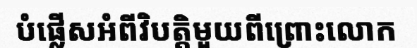
បំផ្លើសអំពីវិបត្តិមួយពីព្រោះលោក